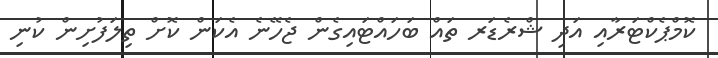
ކޮމްޕެކްޓަރާއި އަދި ޝްރެޑަރ ތައް ބަހައްޓައިގެން ޖެހޭނެ އެކަން ކޮށް ތިލަފުށިން ކުނި